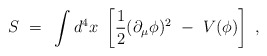
\begin{align*}S~=~\int d^4x~\left[ \frac12 (\partial_{\mu} \phi)^2 ~-~V(\phi) \right] ~,\end{align*}